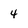
Character: 4